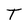
Character: T